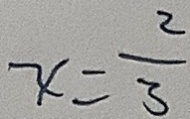
x = \frac { 2 } { 3 }